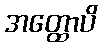
အတ္ထောပိ